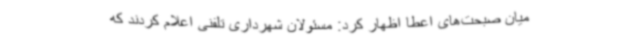
میان صبحت‌های اعطا اظهار کرد: مسئولان شهرداری تلفنی اعلام کردند که